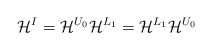
\begin{align*}\mathcal{H}^I=\mathcal{H}^{U_0}\mathcal{H}^{L_1}=\mathcal{H}^{L_1}\mathcal{H}^{U_0}\end{align*}